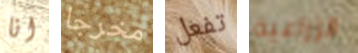
انا مخرجا تفعل الزراعية